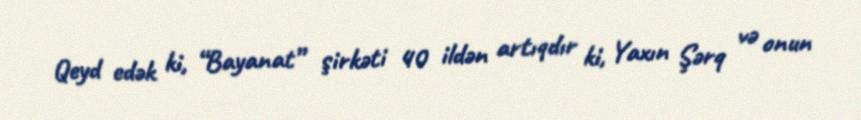
Qeyd edək ki, “Bayanat” şirkəti 40 ildən artıqdır ki, Yaxın Şərq və onun